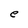
Character: e